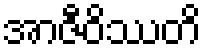
အာဇီဝိဿတိ